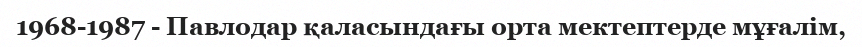
1968-1987 - Павлодар қаласындағы орта мектептерде мұғалім,